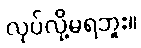
လုပ်လို့မရဘူး။